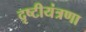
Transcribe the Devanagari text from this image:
दृष्टीयंत्रणा